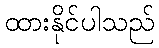
ထားနိုင်ပါသည်